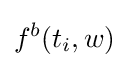
f^{b}(t_{i},w)